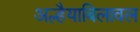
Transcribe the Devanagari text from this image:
अल्हैयाबिलावल